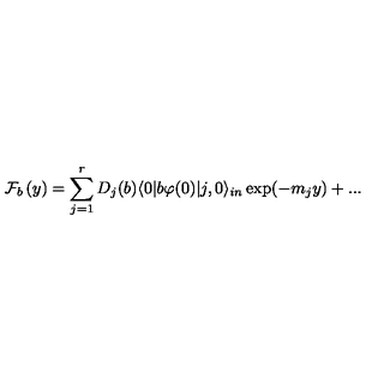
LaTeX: \mathcal { F } _ { b } \left( y \right) = \sum _ { j = 1 } ^ { r } D _ { j } ( b ) \langle 0 | b \varphi ( 0 ) | j , 0 \rangle _ { i n } \exp ( - m _ { j } y ) + . . .